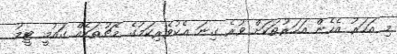
މި އަހަރު އެހެން އަހަރުތަކަށް ވުރެ ގިނަ އެކުވެރިކަމުގެ މެޗުތަކެއް ގައުމީ ޓީމު